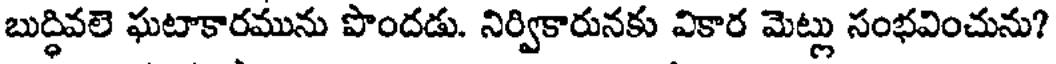
బుద్ధివలె ఘటాకారమును పొందడు. నిర్వికారునకు వికార మెట్లు సంభవించును?